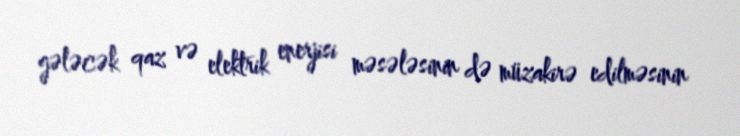
gələcək qaz və elektrik enerjisi məsələsinin də müzakirə edilməsinin